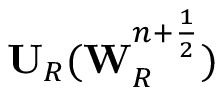
\mathbf { U } _ { R } ( \mathbf { W } _ { R } ^ { n + \frac { 1 } { 2 } } )